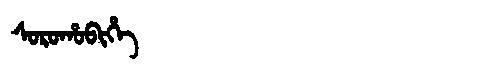
Manchu: ᠰᠣᡵᠣᡥᠣᠪᡳᡥᡝ
Romanization: SOROHOBIHE